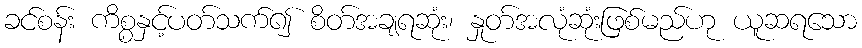
ခင်စန်း ကိစ္စနှင့်ပတ်သက်၍ စိတ်အချရဆုံး၊ နှုတ်အလုံဆုံးဖြစ်မည်ဟု ယူဆရသော